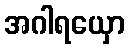
အဂါရယှော